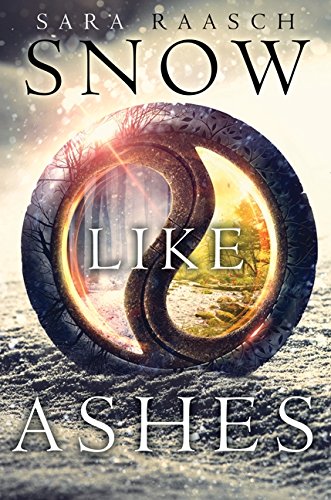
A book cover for Snow Like Ashes (Snow Like Ashes Series); Sara Raasch; Teen & Young Adult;